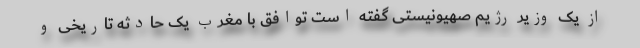
از یک وزیر رژیم صهیونیستی گفته است توافق با مغرب یک حادثه تاریخی و